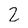
Character: 2